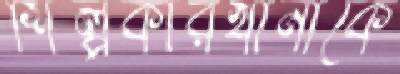
শিল্পকারখানাকে